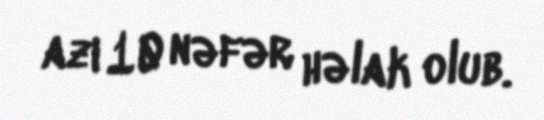
azı 10 nəfər həlak olub.